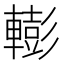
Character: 𨎧